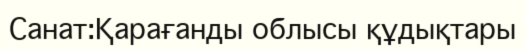
Санат:Қарағанды облысы құдықтары